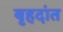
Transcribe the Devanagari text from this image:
बृहदांत